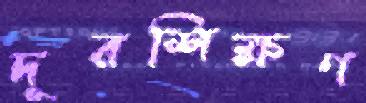
দূরশিক্ষণ